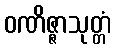
ဝဏိဇ္ဇာသုတ္တံ